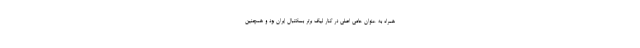
همراه به عنوان حامی اصلی در کنار لیگ برتر بسکتبال ایران بود و همچنین